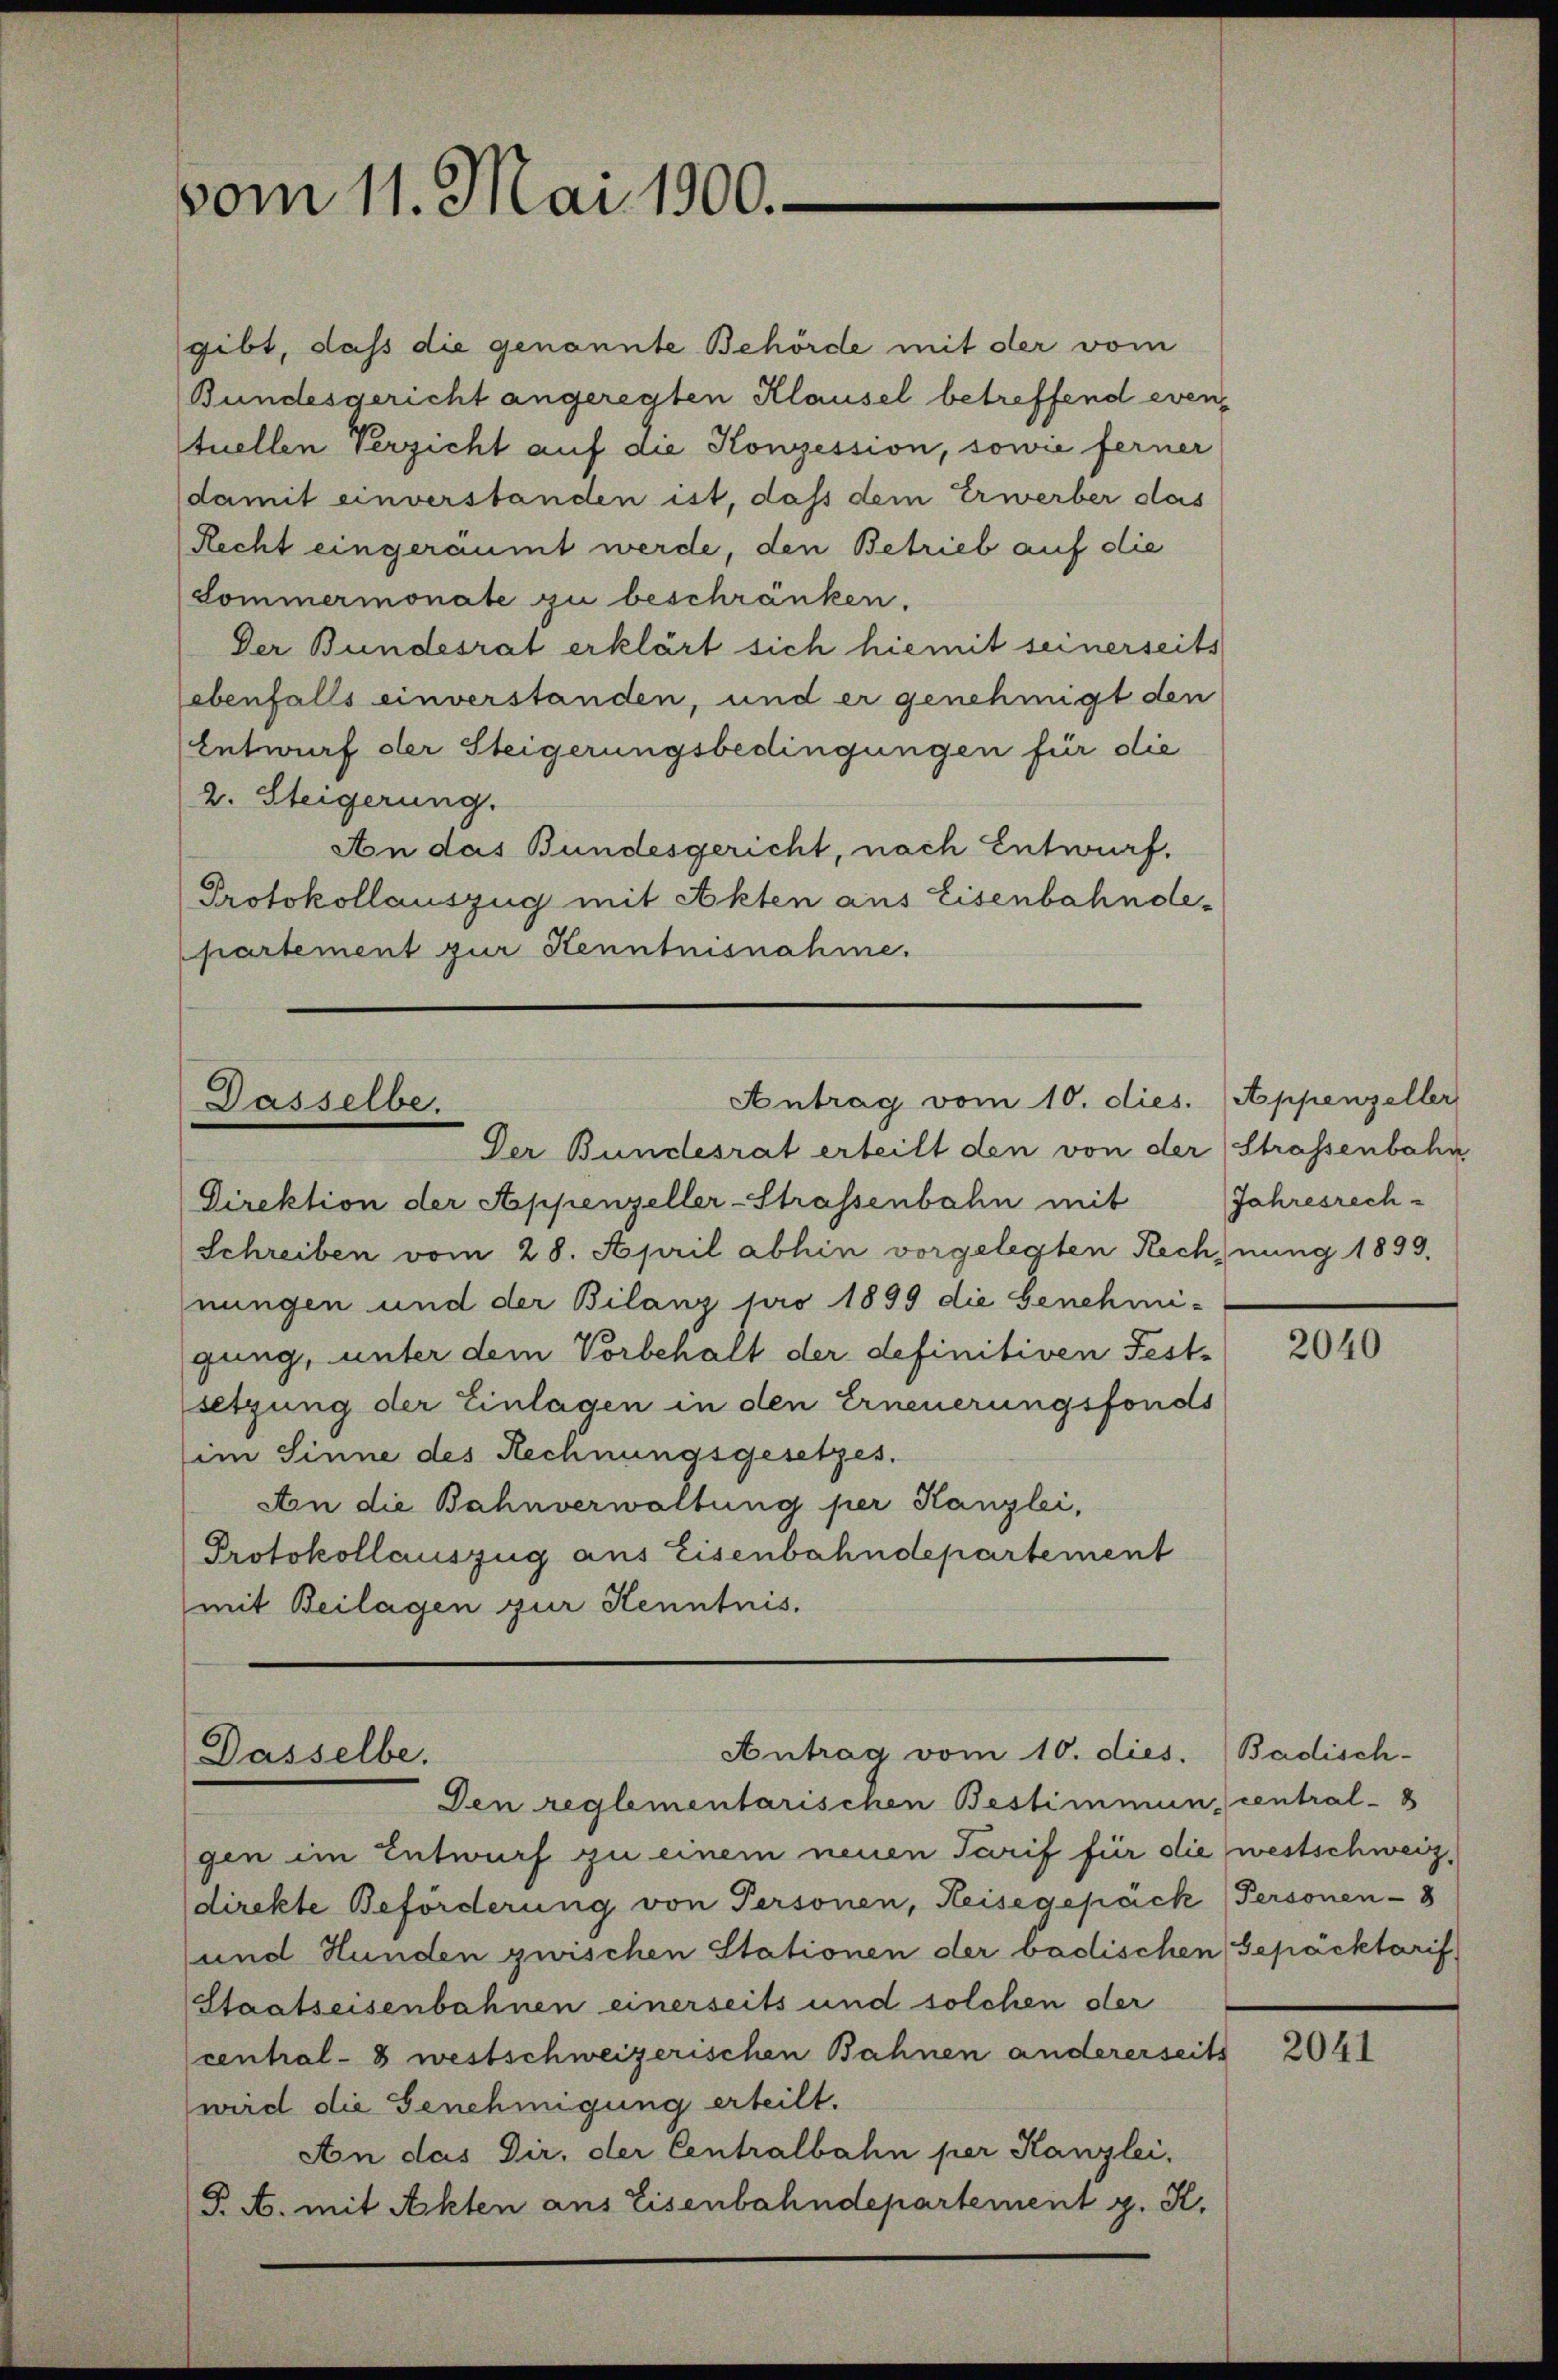
vom 11. Mai 1900.

gibt, daß die genannte Behörde mit der vom
Bundesgericht angeregten Klausel betreffend eventuellen Verzicht auf die Konzession, sowie ferner
damit einverstanden ist, daß dem Erwerber das
Recht eingeräumt werde, den Betrieb auf die
Sommermonate zu beschränken.
Der Bundesrat erklärt sich hiemit seinerseits
ebenfalls einverstanden, und er genehmigt den
Entwurf der Steigerungsbedingungen für die
2. Steigerung.
An das Bundesgericht, nach Entwurf.
Protokollauszug mit Akten aus Eisenbahndepartement zur Kenntnisnahme.

Antrag vom 10. dies. (Appenzeller
Dasselbe.
Der Bundesrat erteilt den von der (Strassenbahn

Direktion der Appenzeller-Strassenbahn mit
Schreiben vom 28. April abhin vorgelegten Rechnung 1893.
nungen und der Bilanz pro 1899 die Genehmi-
gung, unter dem Vorbehalt der definitiven Fest-
setzung der Einlagen in den Erneuerungsfonds
im Sinne des Rechnungsgesetzes.
Aon die Bahnverwaltung per Kanzlei,
Protokollauszug aus Eisenbahndepartement
mit Beilagen zur Kenntnis.

Antrag vom 10. dies. Badisch-
Dasselbe.
Den reglementarischen Bestimmun central-S

gen im Entwurf zu einem neuen Tarif für die westschweiz,
direkte Beförderung von Personen, Reisegepäck   Personen - 8
und Hunden zwischen Stationen der vadischen Gepäcktarif
(Staatseisenbahnen einerseits und solchen der
central-8 westschweizerischen Bahnen andererseits
wird die Genehmigung erteilt.
An das Dir, der Centralbahn per Kanzlei,
P. A. mit Akten aus Eisenbahndepartement z. K.

Jahresrech

2040

2041